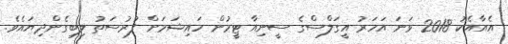
އެއާއެކު 2018 ވަނަ އަހަރު އީގަލްސްގެ ސީނިއާ ޓީމުން ހައިޝަމަށް ފުރުސަތު ލިބިގެންދިޔައެވެ.